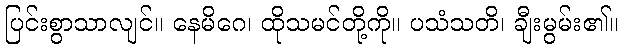
ပြင်းစွာသာလျင်။ နေမိဂေ၊ ထိုသမင်တို့ကို။ ပသံသတိ၊ ချီးမွမ်း၏။